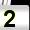
Digit: 2